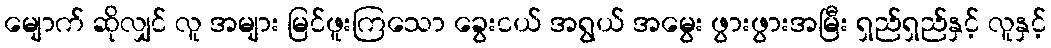
မျောက် ဆိုလျှင် လူ အများ မြင်ဖူးကြသော ခွေးငယ် အရွယ် အမွေး ဖွားဖွားအမြီး ရှည်ရှည်နှင့် လူနှင့်